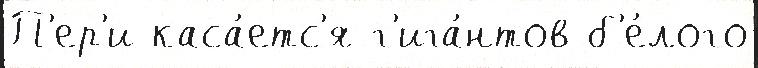
П'ер'и каса́етс'я г'ига́нтов б'е́лого